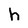
Character: h